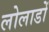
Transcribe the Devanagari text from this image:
लोलाडों